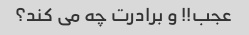
عجب!! و برادرت چه می کند؟